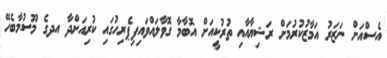
އެސްއަށް ނަޒަރު އަމާޒުކުރުމަށް ރަޝިޔާއާއި ތުރުކީއަށް އޮބާމާ ގޮވާލައްވައިފިޕެރިހުގައި ކުރިއަށްދާ އދގެ މޫސުމާބެހޭ